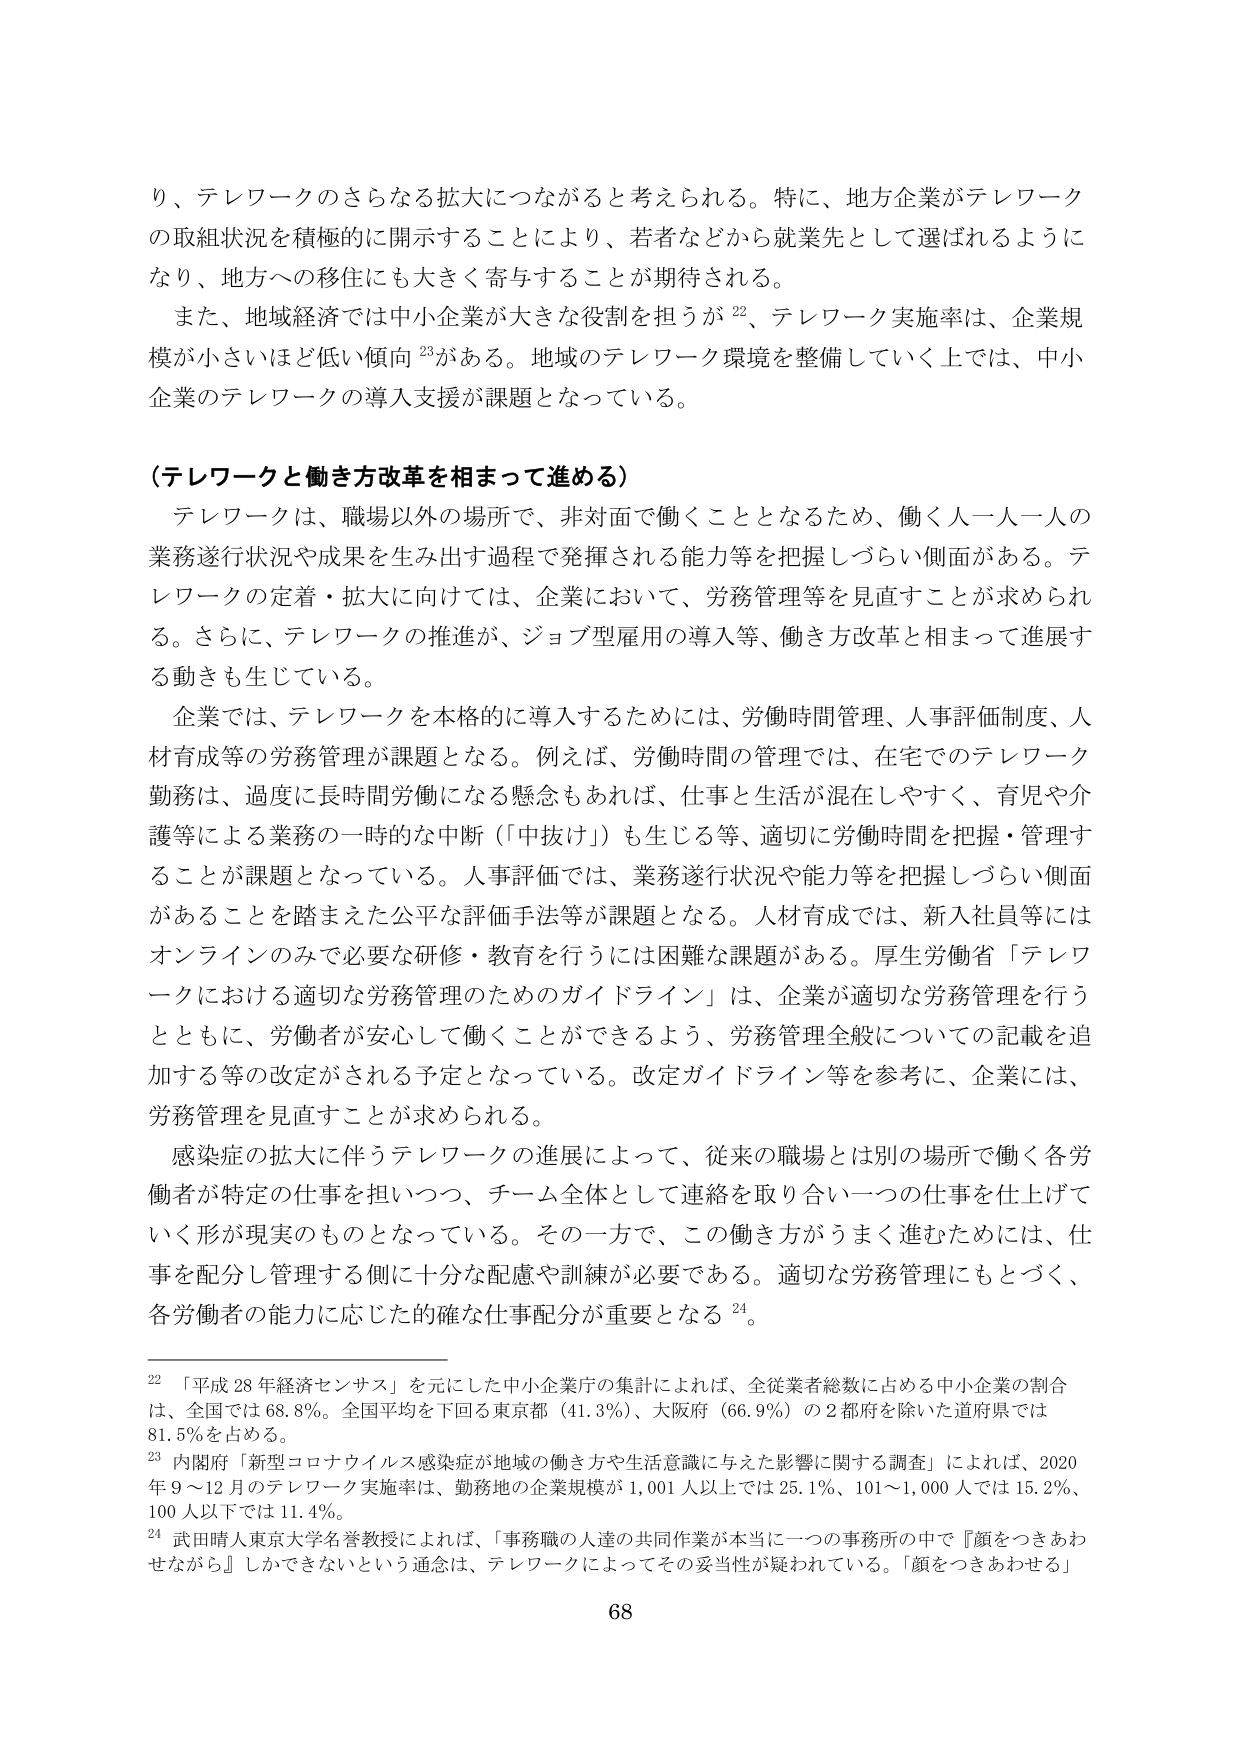
り、テレワークのさらなる拡大につながると考えられる。特に、地方企業がテレワークの取組状況を積極的に開示することにより、若者などから就業先として選ばれるようになり、地方への移住にも大きく寄与することが期待される。

また、地域経済では中小企業が大きな役割を担うが²²、テレワーク実施率は、企業規模が小さいほど低い傾向²³がある。地域のテレワーク環境を整備していく上では、中小企業のテレワークの導入支援が課題となっている。

（テレワークと働き方改革を相まって進める）

テレワークは、職場以外の場所で、非対面で働くこととなるため、働く人一人一人の業務遂行状況や成果を生み出す過程で発揮される能力等を把握しづらい側面がある。テレワークの定着・拡大に向けては、企業において、労務管理等を見直すことが求められる。さらに、テレワークの推進が、ジョブ型雇用の導入等、働き方改革と相まって進展する動きも生じている。

企業では、テレワークを本格的に導入するためには、労働時間管理、人事評価制度、人材育成等の労務管理が課題となる。例えば、労働時間の管理では、在宅でのテレワーク勤務は、過度に長時間労働になる懸念もあれば、仕事と生活が混在しやすく、育児や介護等による業務の一時的な中断（「中抜け」）も生じる等、適切に労働時間を把握・管理することが課題となっている。人事評価では、業務遂行状況や能力等を把握しづらい側面があることを踏まえた公平な評価手法等が課題となる。人材育成では、新入社員等にはオンラインのみで必要な研修・教育を行うには困難な課題がある。厚生労働省「テレワークにおける適切な労務管理のためのガイドライン」は、企業が適切な労務管理を行うとともに、労働者が安心して働くことができるよう、労務管理全般についての記載を追加する等の改定がされる予定となっている。改定ガイドライン等を参考に、企業には、労務管理を見直すことが求められる。

感染症の拡大に伴うテレワークの進展によって、従来の職場とは別の場所で働く各労働者が特定の仕事を担いつつ、チーム全体として連絡を取り合い一つの仕事を仕上げていく形が現実のものとなっている。その一方で、この働き方がうまく進むためには、仕事を配分し管理する側に十分な配慮や訓練が必要である。適切な労務管理にもとづく、各労働者の能力に応じた確かな仕事配分が重要となる²⁴。

²² 「平成28年経済センサス」を元にした中小企業庁の集計によれば、全従業者総数に占める中小企業の割合は、全国では68.8％。全国平均を下回る東京都（41.3％）、大阪府（66.9％）の2都府を除いた道府県では81.5％を占める。

²³ 内閣府「新型コロナウイルス感染症が地域の働き方や生活意識に与えた影響に関する調査」によれば、2020年9～12月のテレワーク実施率は、勤務地の企業規模が1,001人以上では25.1％、101～1,000人では15.2％、100人以下では11.4％。

²⁴ 武田晴人東京大学名誉教授によれば、「事務職の人達の共同作業が本当に一つの事務所の中で『顔をつきあわせながら』しかできないという念仮は、テレワークによってその妥当性が疑われている。『顔をつきあわせる』

68